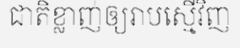
ជាតិខ្លាញ់ឲ្យរាបស្មើវិញ